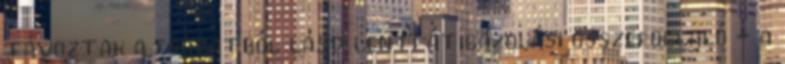
távoztak a csapatból lásd lenti átigazolási összefoglaló - a